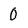
Character: O